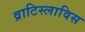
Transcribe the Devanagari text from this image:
व्राटिस्लाविस